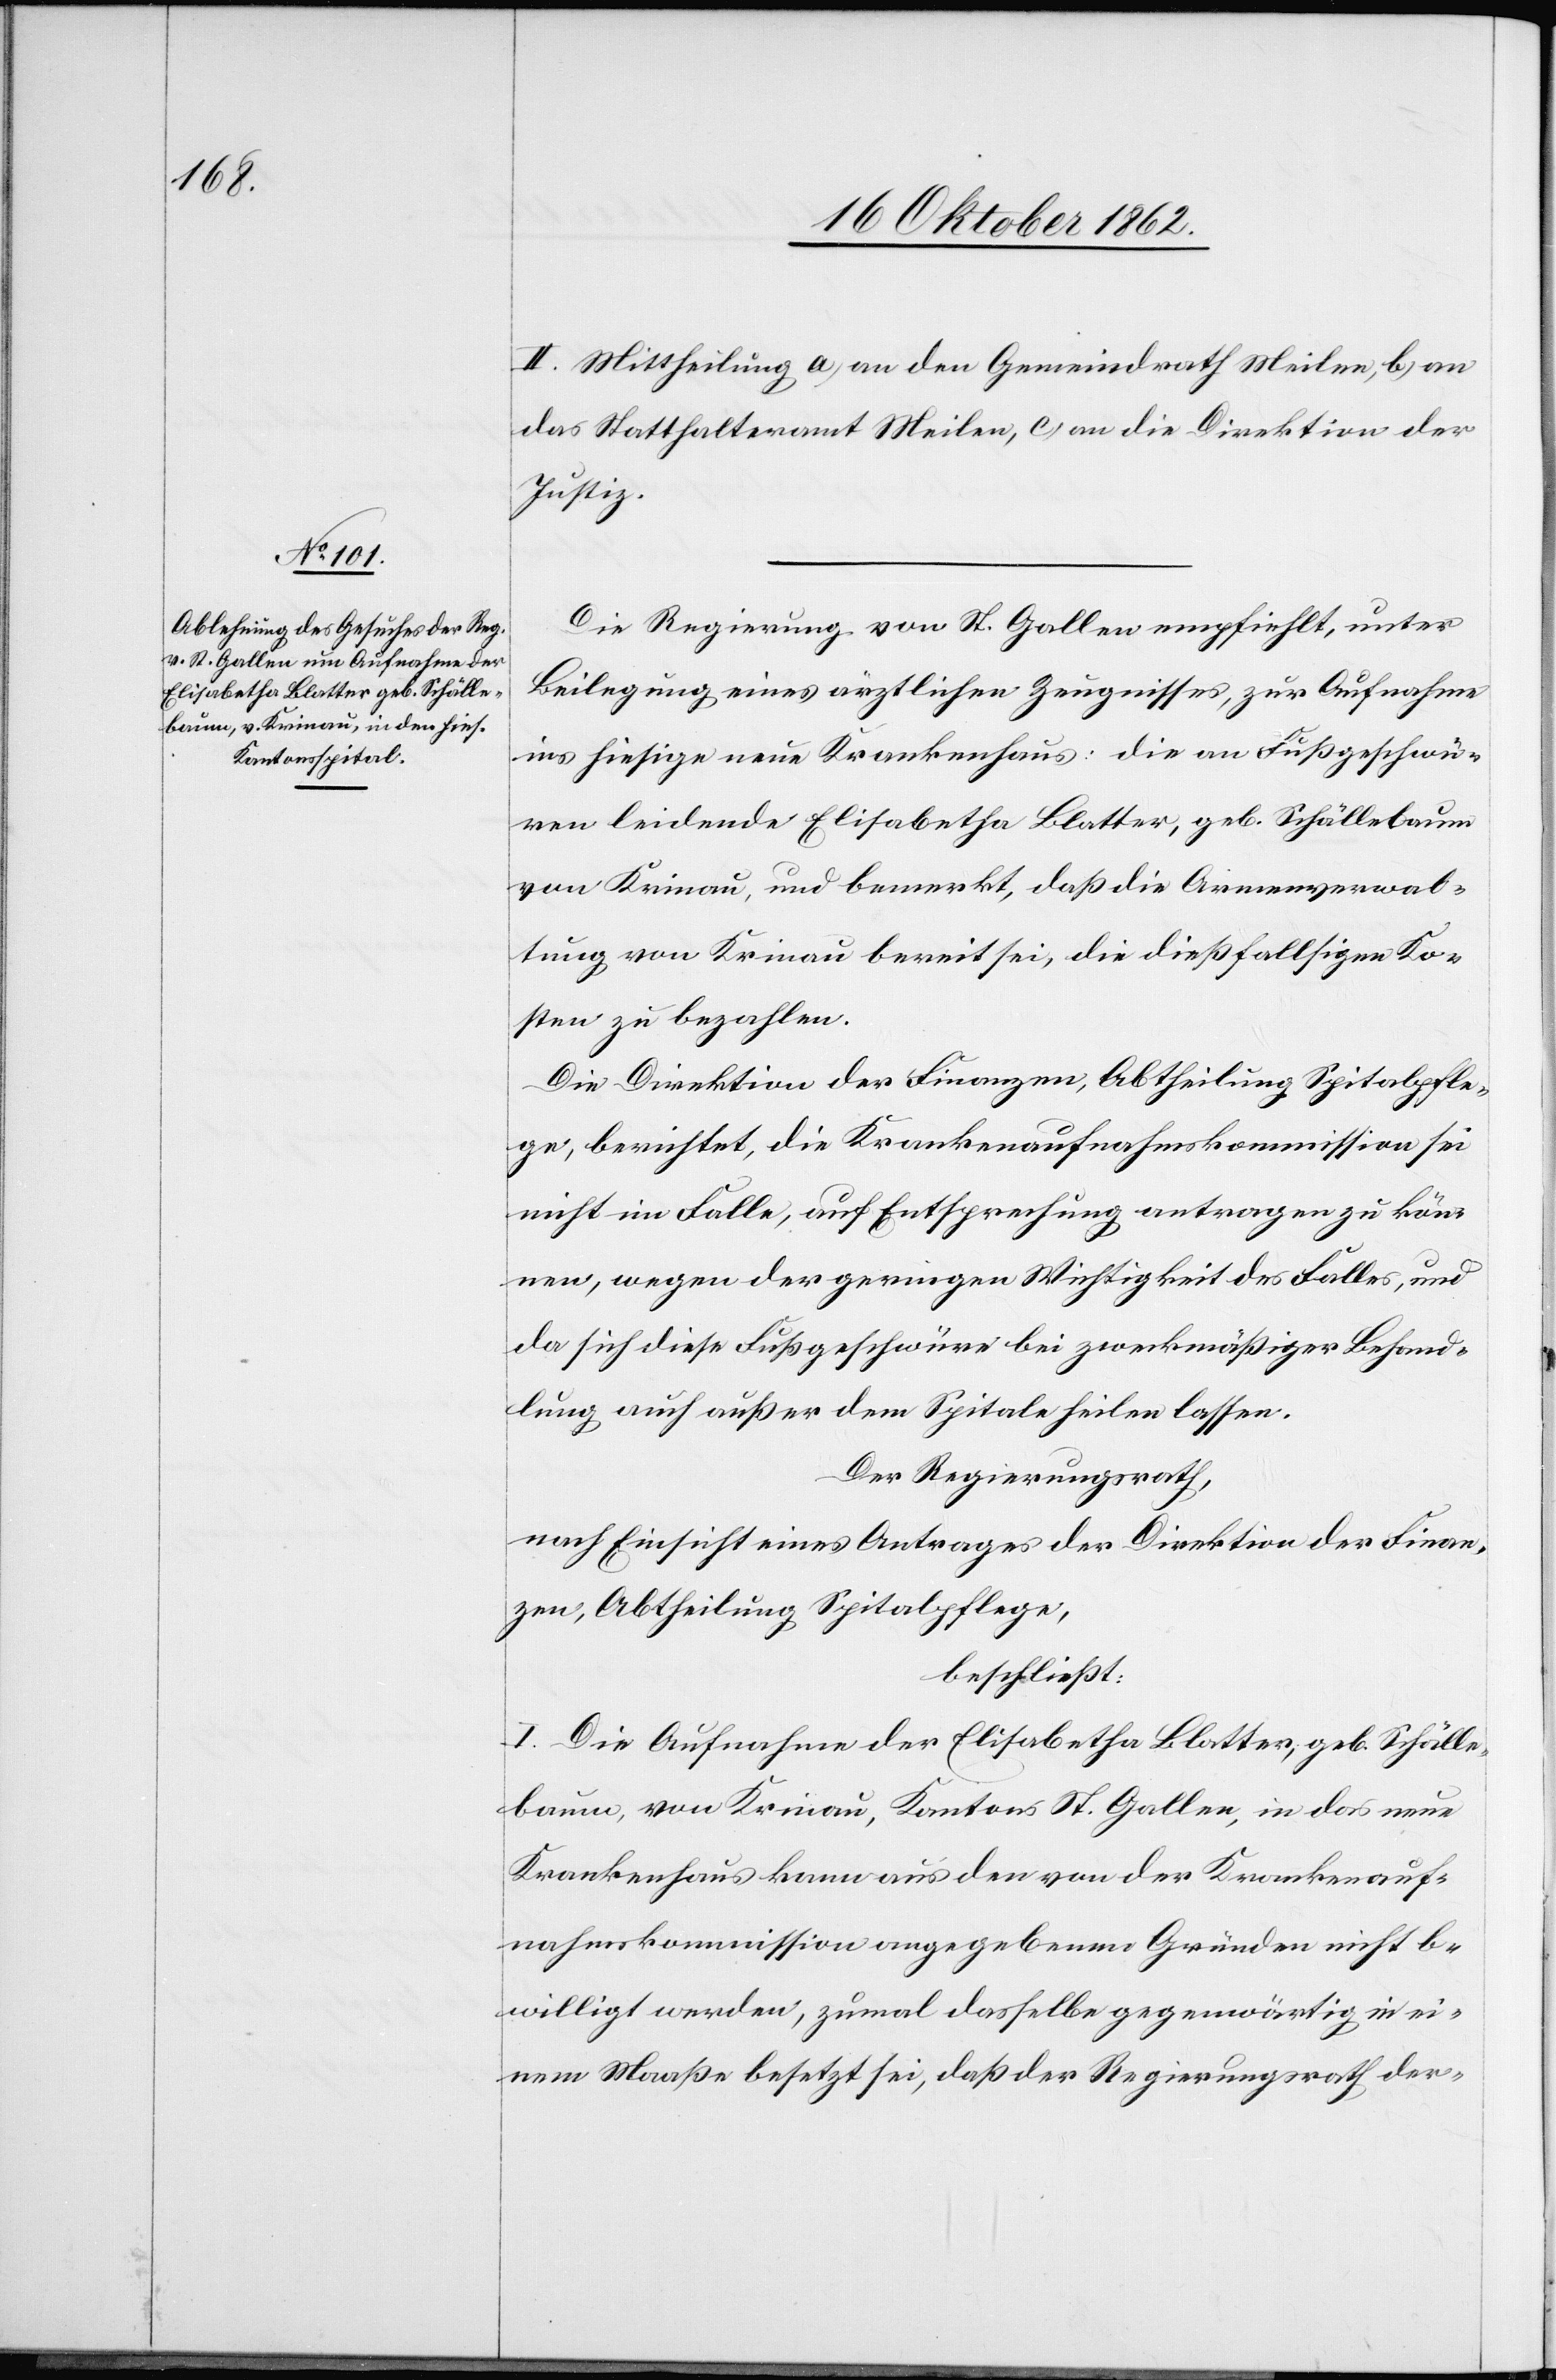
II. Mittheilung a. an den Gemeindrath Meilen, b. an
das Statthalteramt Meilen, c. an die Direktion der
Justiz.
Die Regierung von St. Gallen empfiehlt, unter
Beilegung eines ärztlichen Zeugnisses, zur Aufnahme
ins hiesige neue Krankenhaus, die an Fußgeschwü¬
ren leidende Elisabetha Blatter, geb. Schällebaum
von Krinau, und bemerkt, daß die Armenverwal¬
tung von Krinau bereit sei, die dießfallsigen Ko¬
sten zu bezahlen.
Die Direktion der Finanzen, Abtheilung Spitalpfle¬
ge, berichtet, die Krankenaufnahmskommission sei
nicht im Falle, auf Entsprechung antragen zu kön¬
nen, wegen der geringen Wichtigkeit des Falles, und
da sich diese Fußgeschwüre bei zweckmäßiger Behand¬
lung auch außer dem Spitale heilen lassen.
Der Regierungsrath,
nach Einsicht eines Antrages der Direktion der Finan¬
zen, Abtheilung Spitalpflege,
beschließt:
I. Die Aufnahme der Elisabetha Blatter, geb. Schälle¬
baum, von Krinau, Kantons St. Gallen, in das neue
Krankenhaus kann aus den von der Krankenauf¬
nahmskommission angegebenen Gründen nicht be¬
willigt werden, zumal dasselbe gegenwärtig in ei¬
nem Maaße besetzt sei, daß der Regierungsrath der-